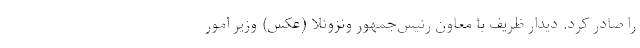
را صادر کرد. دیدار ظریف با معاون رئیس‌جمهور ونزوئلا (عکس) وزیر امور